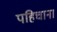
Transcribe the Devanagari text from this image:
पहिचाना